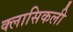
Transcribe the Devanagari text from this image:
क्लासिकली